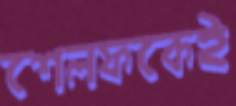
শেলফকেই